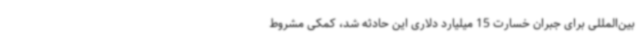
بین‌المللی برای جبران خسارت 15 میلیارد دلاری این حادثه شد، کمکی مشروط